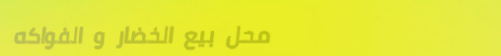
محل بيع الخضار و الفواكه